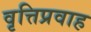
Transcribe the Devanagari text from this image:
वृत्तिप्रवाह